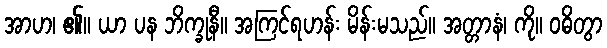
အာဟ၊ ၏။ ယာ ပန ဘိက္ခုနီ။ အကြင်ရဟန်း မိန်းမသည်။ အတ္တာနံ၊ ကို။ ဝဓိတွာ